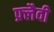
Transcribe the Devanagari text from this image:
फ़्लैवी